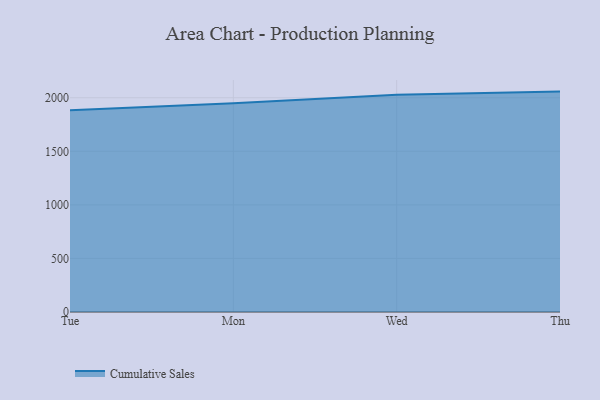
{"axis": {"x": "Day", "y": "Energy Usage (MWh)"}, "legend": ["Cumulative Sales"], "data": [{"x": "Tue", "y": 1882.6, "type": "Cumulative Sales"}, {"x": "Mon", "y": 1949.0, "type": "Cumulative Sales"}, {"x": "Wed", "y": 2028.9, "type": "Cumulative Sales"}, {"x": "Thu", "y": 2057.2, "type": "Cumulative Sales"}]}